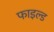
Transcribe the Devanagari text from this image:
फाइल्ड